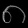
Digit: ၈